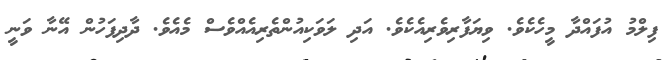
ފިލްމު އުފައްދާ މީހެކެވެ. ވިޔަފާރިވެރިއެކެވެ. އަދި ލަވަކިއުންތެރިއެއްވެސް މެއެވެ. ދާދިފަހުން އޭނާ ވަނީ